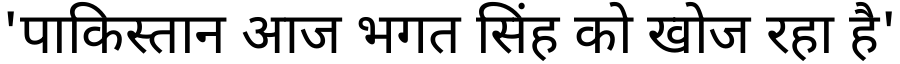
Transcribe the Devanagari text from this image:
'पाकिस्तान आज भगत सिंह को खोज रहा है'